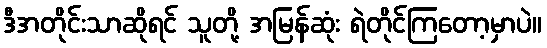
ဒီအတိုင်းသာဆိုရင် သူတို့ အမြန်ဆုံး ရဲတိုင်ကြတော့မှာပဲ။